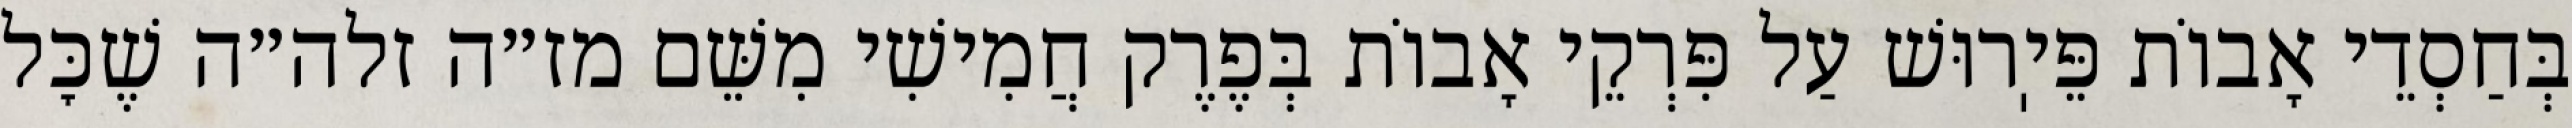
בְּחַסְדֵי אָבוֹת פֵּיֽרוּשׁ עַל פִּרְקֵי אָבוֹת בְּפֶרֶק חֲמִישִׁי מִשֵּׁם מז״ה זלה״ה שֶׁכׇּל